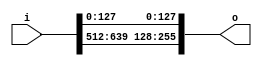
module bsg_array_concentrate_static_11_128
(
  i,
  o
);

  input [639:0] i;
  output [255:0] o;
  wire [255:0] o;
  assign o[255] = i[639];
  assign o[254] = i[638];
  assign o[253] = i[637];
  assign o[252] = i[636];
  assign o[251] = i[635];
  assign o[250] = i[634];
  assign o[249] = i[633];
  assign o[248] = i[632];
  assign o[247] = i[631];
  assign o[246] = i[630];
  assign o[245] = i[629];
  assign o[244] = i[628];
  assign o[243] = i[627];
  assign o[242] = i[626];
  assign o[241] = i[625];
  assign o[240] = i[624];
  assign o[239] = i[623];
  assign o[238] = i[622];
  assign o[237] = i[621];
  assign o[236] = i[620];
  assign o[235] = i[619];
  assign o[234] = i[618];
  assign o[233] = i[617];
  assign o[232] = i[616];
  assign o[231] = i[615];
  assign o[230] = i[614];
  assign o[229] = i[613];
  assign o[228] = i[612];
  assign o[227] = i[611];
  assign o[226] = i[610];
  assign o[225] = i[609];
  assign o[224] = i[608];
  assign o[223] = i[607];
  assign o[222] = i[606];
  assign o[221] = i[605];
  assign o[220] = i[604];
  assign o[219] = i[603];
  assign o[218] = i[602];
  assign o[217] = i[601];
  assign o[216] = i[600];
  assign o[215] = i[599];
  assign o[214] = i[598];
  assign o[213] = i[597];
  assign o[212] = i[596];
  assign o[211] = i[595];
  assign o[210] = i[594];
  assign o[209] = i[593];
  assign o[208] = i[592];
  assign o[207] = i[591];
  assign o[206] = i[590];
  assign o[205] = i[589];
  assign o[204] = i[588];
  assign o[203] = i[587];
  assign o[202] = i[586];
  assign o[201] = i[585];
  assign o[200] = i[584];
  assign o[199] = i[583];
  assign o[198] = i[582];
  assign o[197] = i[581];
  assign o[196] = i[580];
  assign o[195] = i[579];
  assign o[194] = i[578];
  assign o[193] = i[577];
  assign o[192] = i[576];
  assign o[191] = i[575];
  assign o[190] = i[574];
  assign o[189] = i[573];
  assign o[188] = i[572];
  assign o[187] = i[571];
  assign o[186] = i[570];
  assign o[185] = i[569];
  assign o[184] = i[568];
  assign o[183] = i[567];
  assign o[182] = i[566];
  assign o[181] = i[565];
  assign o[180] = i[564];
  assign o[179] = i[563];
  assign o[178] = i[562];
  assign o[177] = i[561];
  assign o[176] = i[560];
  assign o[175] = i[559];
  assign o[174] = i[558];
  assign o[173] = i[557];
  assign o[172] = i[556];
  assign o[171] = i[555];
  assign o[170] = i[554];
  assign o[169] = i[553];
  assign o[168] = i[552];
  assign o[167] = i[551];
  assign o[166] = i[550];
  assign o[165] = i[549];
  assign o[164] = i[548];
  assign o[163] = i[547];
  assign o[162] = i[546];
  assign o[161] = i[545];
  assign o[160] = i[544];
  assign o[159] = i[543];
  assign o[158] = i[542];
  assign o[157] = i[541];
  assign o[156] = i[540];
  assign o[155] = i[539];
  assign o[154] = i[538];
  assign o[153] = i[537];
  assign o[152] = i[536];
  assign o[151] = i[535];
  assign o[150] = i[534];
  assign o[149] = i[533];
  assign o[148] = i[532];
  assign o[147] = i[531];
  assign o[146] = i[530];
  assign o[145] = i[529];
  assign o[144] = i[528];
  assign o[143] = i[527];
  assign o[142] = i[526];
  assign o[141] = i[525];
  assign o[140] = i[524];
  assign o[139] = i[523];
  assign o[138] = i[522];
  assign o[137] = i[521];
  assign o[136] = i[520];
  assign o[135] = i[519];
  assign o[134] = i[518];
  assign o[133] = i[517];
  assign o[132] = i[516];
  assign o[131] = i[515];
  assign o[130] = i[514];
  assign o[129] = i[513];
  assign o[128] = i[512];
  assign o[127] = i[127];
  assign o[126] = i[126];
  assign o[125] = i[125];
  assign o[124] = i[124];
  assign o[123] = i[123];
  assign o[122] = i[122];
  assign o[121] = i[121];
  assign o[120] = i[120];
  assign o[119] = i[119];
  assign o[118] = i[118];
  assign o[117] = i[117];
  assign o[116] = i[116];
  assign o[115] = i[115];
  assign o[114] = i[114];
  assign o[113] = i[113];
  assign o[112] = i[112];
  assign o[111] = i[111];
  assign o[110] = i[110];
  assign o[109] = i[109];
  assign o[108] = i[108];
  assign o[107] = i[107];
  assign o[106] = i[106];
  assign o[105] = i[105];
  assign o[104] = i[104];
  assign o[103] = i[103];
  assign o[102] = i[102];
  assign o[101] = i[101];
  assign o[100] = i[100];
  assign o[99] = i[99];
  assign o[98] = i[98];
  assign o[97] = i[97];
  assign o[96] = i[96];
  assign o[95] = i[95];
  assign o[94] = i[94];
  assign o[93] = i[93];
  assign o[92] = i[92];
  assign o[91] = i[91];
  assign o[90] = i[90];
  assign o[89] = i[89];
  assign o[88] = i[88];
  assign o[87] = i[87];
  assign o[86] = i[86];
  assign o[85] = i[85];
  assign o[84] = i[84];
  assign o[83] = i[83];
  assign o[82] = i[82];
  assign o[81] = i[81];
  assign o[80] = i[80];
  assign o[79] = i[79];
  assign o[78] = i[78];
  assign o[77] = i[77];
  assign o[76] = i[76];
  assign o[75] = i[75];
  assign o[74] = i[74];
  assign o[73] = i[73];
  assign o[72] = i[72];
  assign o[71] = i[71];
  assign o[70] = i[70];
  assign o[69] = i[69];
  assign o[68] = i[68];
  assign o[67] = i[67];
  assign o[66] = i[66];
  assign o[65] = i[65];
  assign o[64] = i[64];
  assign o[63] = i[63];
  assign o[62] = i[62];
  assign o[61] = i[61];
  assign o[60] = i[60];
  assign o[59] = i[59];
  assign o[58] = i[58];
  assign o[57] = i[57];
  assign o[56] = i[56];
  assign o[55] = i[55];
  assign o[54] = i[54];
  assign o[53] = i[53];
  assign o[52] = i[52];
  assign o[51] = i[51];
  assign o[50] = i[50];
  assign o[49] = i[49];
  assign o[48] = i[48];
  assign o[47] = i[47];
  assign o[46] = i[46];
  assign o[45] = i[45];
  assign o[44] = i[44];
  assign o[43] = i[43];
  assign o[42] = i[42];
  assign o[41] = i[41];
  assign o[40] = i[40];
  assign o[39] = i[39];
  assign o[38] = i[38];
  assign o[37] = i[37];
  assign o[36] = i[36];
  assign o[35] = i[35];
  assign o[34] = i[34];
  assign o[33] = i[33];
  assign o[32] = i[32];
  assign o[31] = i[31];
  assign o[30] = i[30];
  assign o[29] = i[29];
  assign o[28] = i[28];
  assign o[27] = i[27];
  assign o[26] = i[26];
  assign o[25] = i[25];
  assign o[24] = i[24];
  assign o[23] = i[23];
  assign o[22] = i[22];
  assign o[21] = i[21];
  assign o[20] = i[20];
  assign o[19] = i[19];
  assign o[18] = i[18];
  assign o[17] = i[17];
  assign o[16] = i[16];
  assign o[15] = i[15];
  assign o[14] = i[14];
  assign o[13] = i[13];
  assign o[12] = i[12];
  assign o[11] = i[11];
  assign o[10] = i[10];
  assign o[9] = i[9];
  assign o[8] = i[8];
  assign o[7] = i[7];
  assign o[6] = i[6];
  assign o[5] = i[5];
  assign o[4] = i[4];
  assign o[3] = i[3];
  assign o[2] = i[2];
  assign o[1] = i[1];
  assign o[0] = i[0];

endmodule